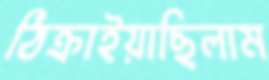
ঠিক্‌রাইয়াছিলাম